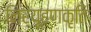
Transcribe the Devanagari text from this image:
निर्यूहणकृति